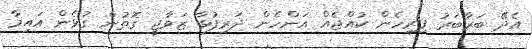
އެދޭ ބަރާބަރު ފިރިހެން ކުއްޖެއް އަންހެން ދަރިފުޅާ ޒަވާޖީ ގޮތުން ގުޅެން އައިމާ